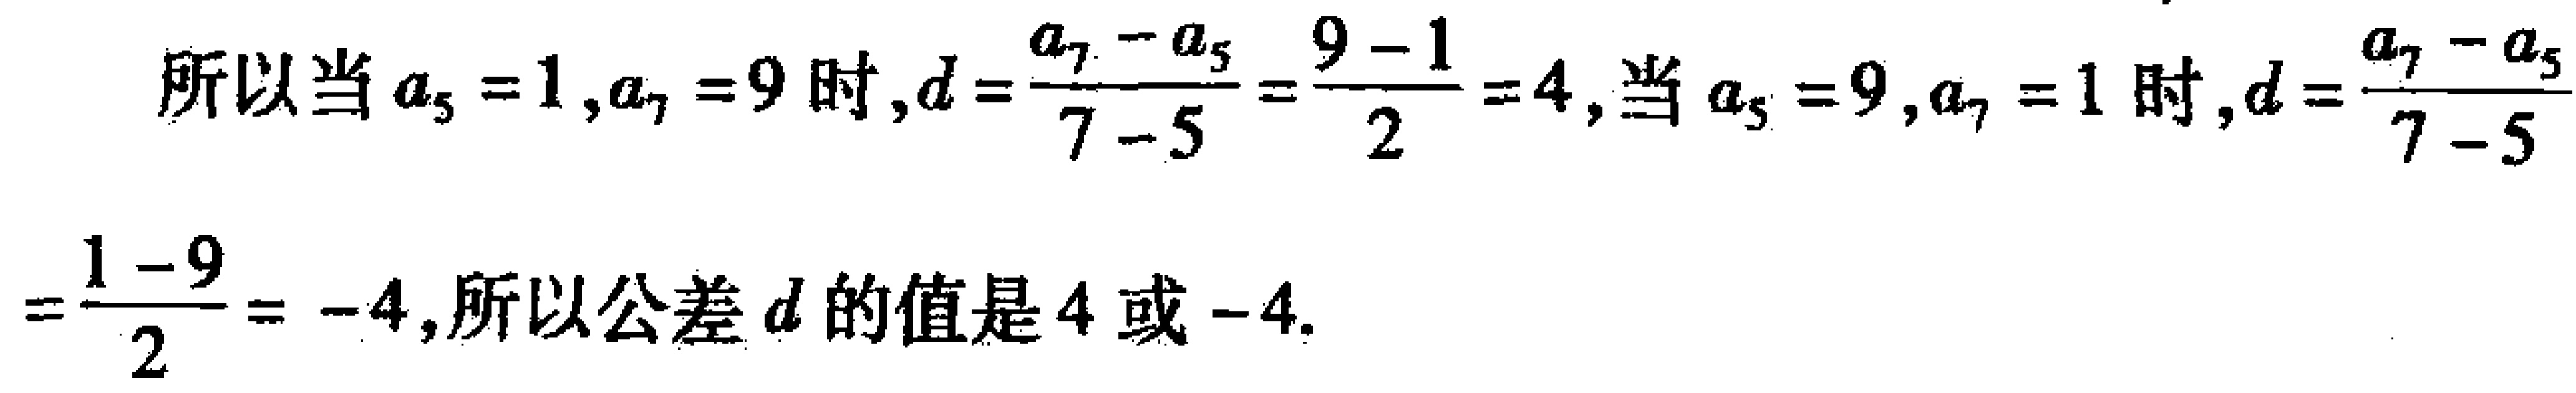
所以当\(a_{5}=1,a_{7}=9\)时，\(d = \frac{a_{7}-a_{5}}{7 - 5}=\frac{9 - 1}{2}=4\)，当\(a_{5}=9,a_{7}=1\)时，\(d = \frac{a_{7}-a_{5}}{7 - 5}=\frac{1 - 9}{2}=-4\)，所以公差\(d\)的值是\(4\)或\(-4\).